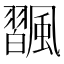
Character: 飁